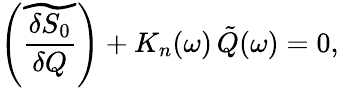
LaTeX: \left(\widetilde{\frac{\delta S_{0}}{\delta Q}}\right)+K_{n}(\omega)\, \tilde{Q}(\omega)=0,